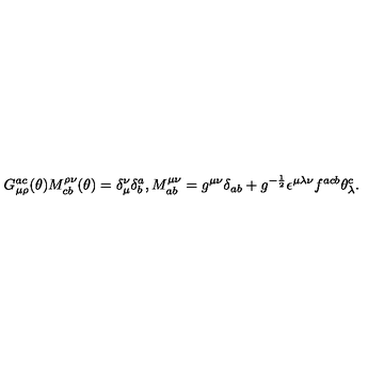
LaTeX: G _ { \mu \rho } ^ { a c } ( \theta ) M _ { c b } ^ { \rho \nu } ( \theta ) = \delta _ { \mu } ^ { \nu } \delta _ { b } ^ { a } , M _ { a b } ^ { \mu \nu } = g ^ { \mu \nu } \delta _ { a b } + g ^ { - \frac { 1 } { 2 } } \epsilon ^ { \mu \lambda \nu } f ^ { a c b } \theta _ { \lambda } ^ { c } .